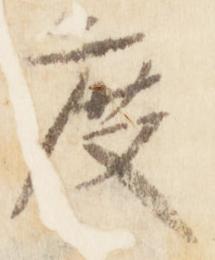
度